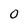
Character: 0